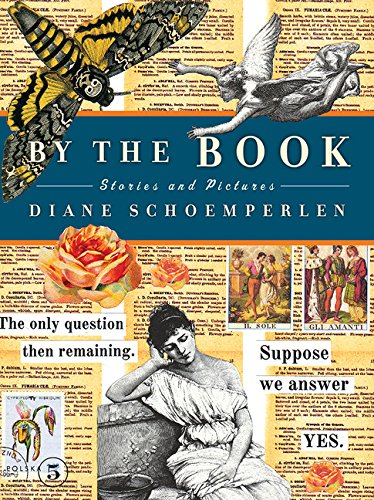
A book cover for By The Book: Stories and Pictures; Diane Schoemperlen; Literature & Fiction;